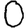
Digit: 0